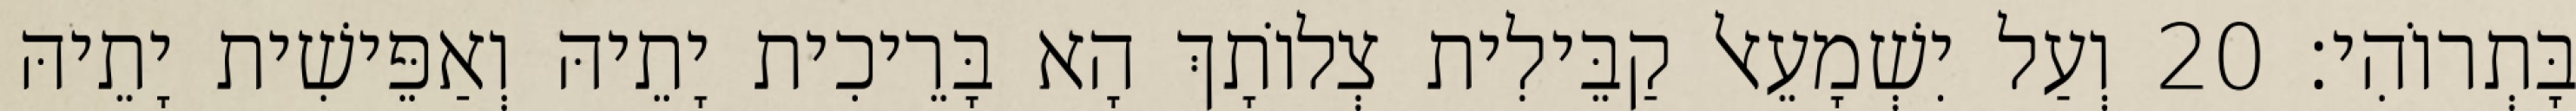
בָּתְרוֹהִי׃ 20 וְעַל יִשְׁמָעֵאל קַבֵּילִית צְלוֹתָךְ הָא בָּרֵיכִית יָתֵיהּ וְאַפֵּישִׁית יָתֵיהּ